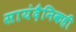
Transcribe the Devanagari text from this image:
सायंदैनिकही